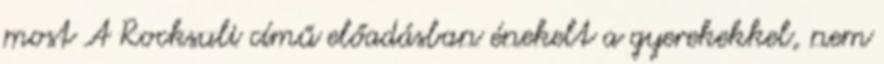
most A Rocksuli című előadásban énekelt a gyerekekkel, nem